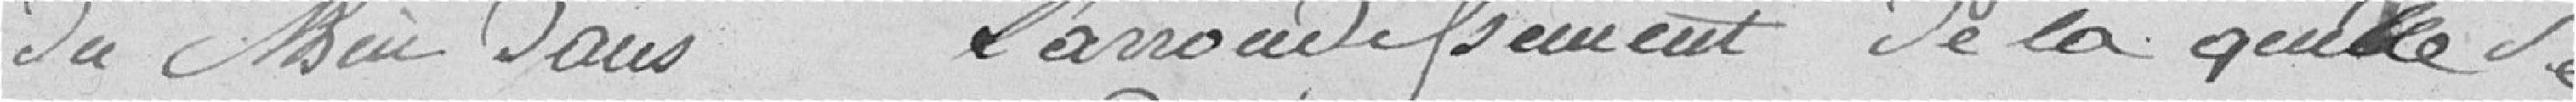
du Rhin dans l'arrondissement de laquelle se